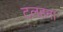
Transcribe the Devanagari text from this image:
टलहना